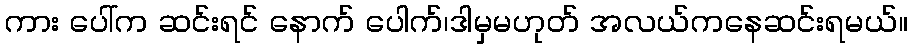
ကား ပေါ်က ဆင်းရင် နောက် ပေါက်၊ဒါမှမဟုတ် အလယ်ကနေဆင်းရမယ်။